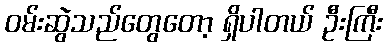
ဝမ်းဆွဲသည်တွေတော့ ရှိပါတယ် ဦးကြီး